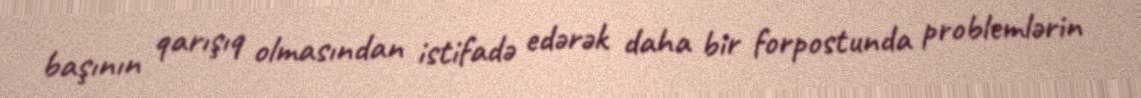
başının qarışıq olmasından istifadə edərək daha bir forpostunda problemlərin